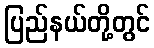
ပြည်နယ်တို့တွင်